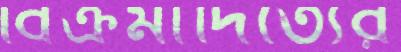
বিক্রমাদিত্যের